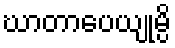
ဃာတာပေယျုမ္ပိ